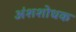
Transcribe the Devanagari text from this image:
अंशशोधक